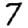
Digit: 7